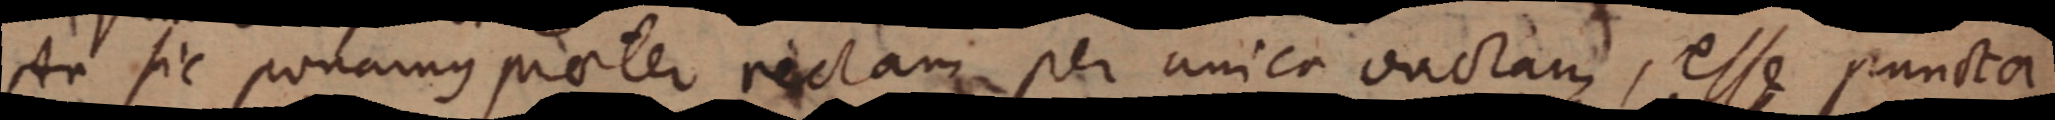
An sic ponamus praeter rectam per unica rectam, esse puncta